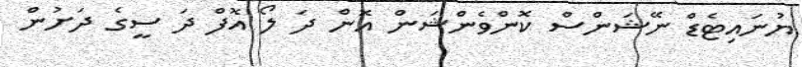
ޔުނައިޓެޑް ނޭޝަންސް ކޮންވެންޝަން އޮން ދަ ލޯ އޮފް ދަ ސީގެ ދަށުން